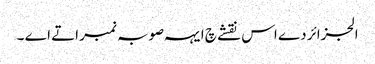
الجزائر دے اس نقشے چ ایہہ صوبہ نمبر اتے اے ۔